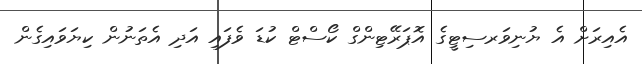
އެއިރަށް އެ ޔުނިވަރސިޓީގެ އޮޕަރޭޓިންގް ކޯސްޓް ކުޑަ ވެފައި އަދި އެތަނުން ކިޔަވައިގެން